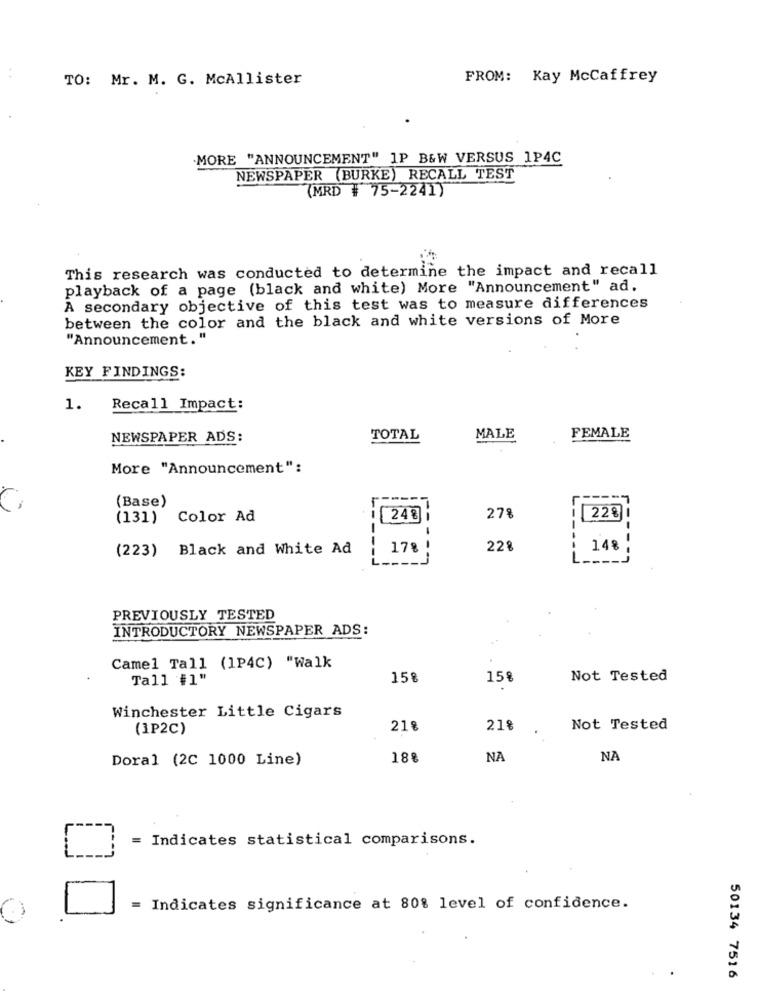
TO: Mr. M. G. McAllister
FROM: Kay McCaffrey
MORE "ANNOUNCEMENT" 1P B&W VERSUS 1P4C
NEWSPAPER (BURKE) RECALL TEST
(MRD # 75-2241)
This research was conducted to determine the impact and recall
playback of a page (black and white) More "Announcement" ad.
A secondary objective of this test was to measure differences
between the color and the black and white versions of More
"Announcement. "
KEY FINDINGS:
1.
Recall Impact:
NEWSPAPER ADS:
TOTAL
MALE
FEMALE
More "Announcement":
(Base)
228
(131) Color Ad
24 8
--
278
-
(223) Black and White Ad
178
22%
148
PREVIOUSLY TESTED
INTRODUCTORY NEWSPAPER ADS:
Camel Tall (1P4C) "Walk
Tall #1"
15%
158
Not Tested
Winchester Little Cigars
(1P2C)
218
218
Not Tested
Doral (2C 1000 Line)
18%
NA
NA
= Indicates statistical comparisons.
= Indicates significance at 80% level of confidence.
50134 7516